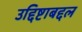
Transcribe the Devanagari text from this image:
उद्दिष्टाबद्दल